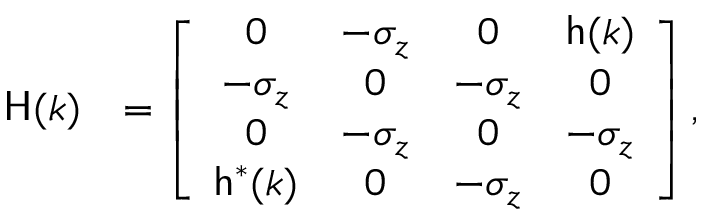
\begin{array} { r l } { { \sf H } ( k ) } & { = \left[ \begin{array} { c c c c } { 0 } & { - \sigma _ { z } } & { 0 } & { { \sf h } ( k ) } \\ { - \sigma _ { z } } & { 0 } & { - \sigma _ { z } } & { 0 } \\ { 0 } & { - \sigma _ { z } } & { 0 } & { - \sigma _ { z } } \\ { { \sf h } ^ { * } ( k ) } & { 0 } & { - \sigma _ { z } } & { 0 } \end{array} \right] , } \end{array}